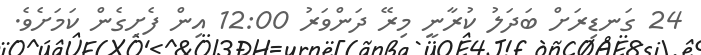
24 ގަނޑިރަށް ބަދަލު ކުރާނީ މިރޭ ދަންވަރު 12:00 އިން ފެށިގެން ކަމަށެވެ.